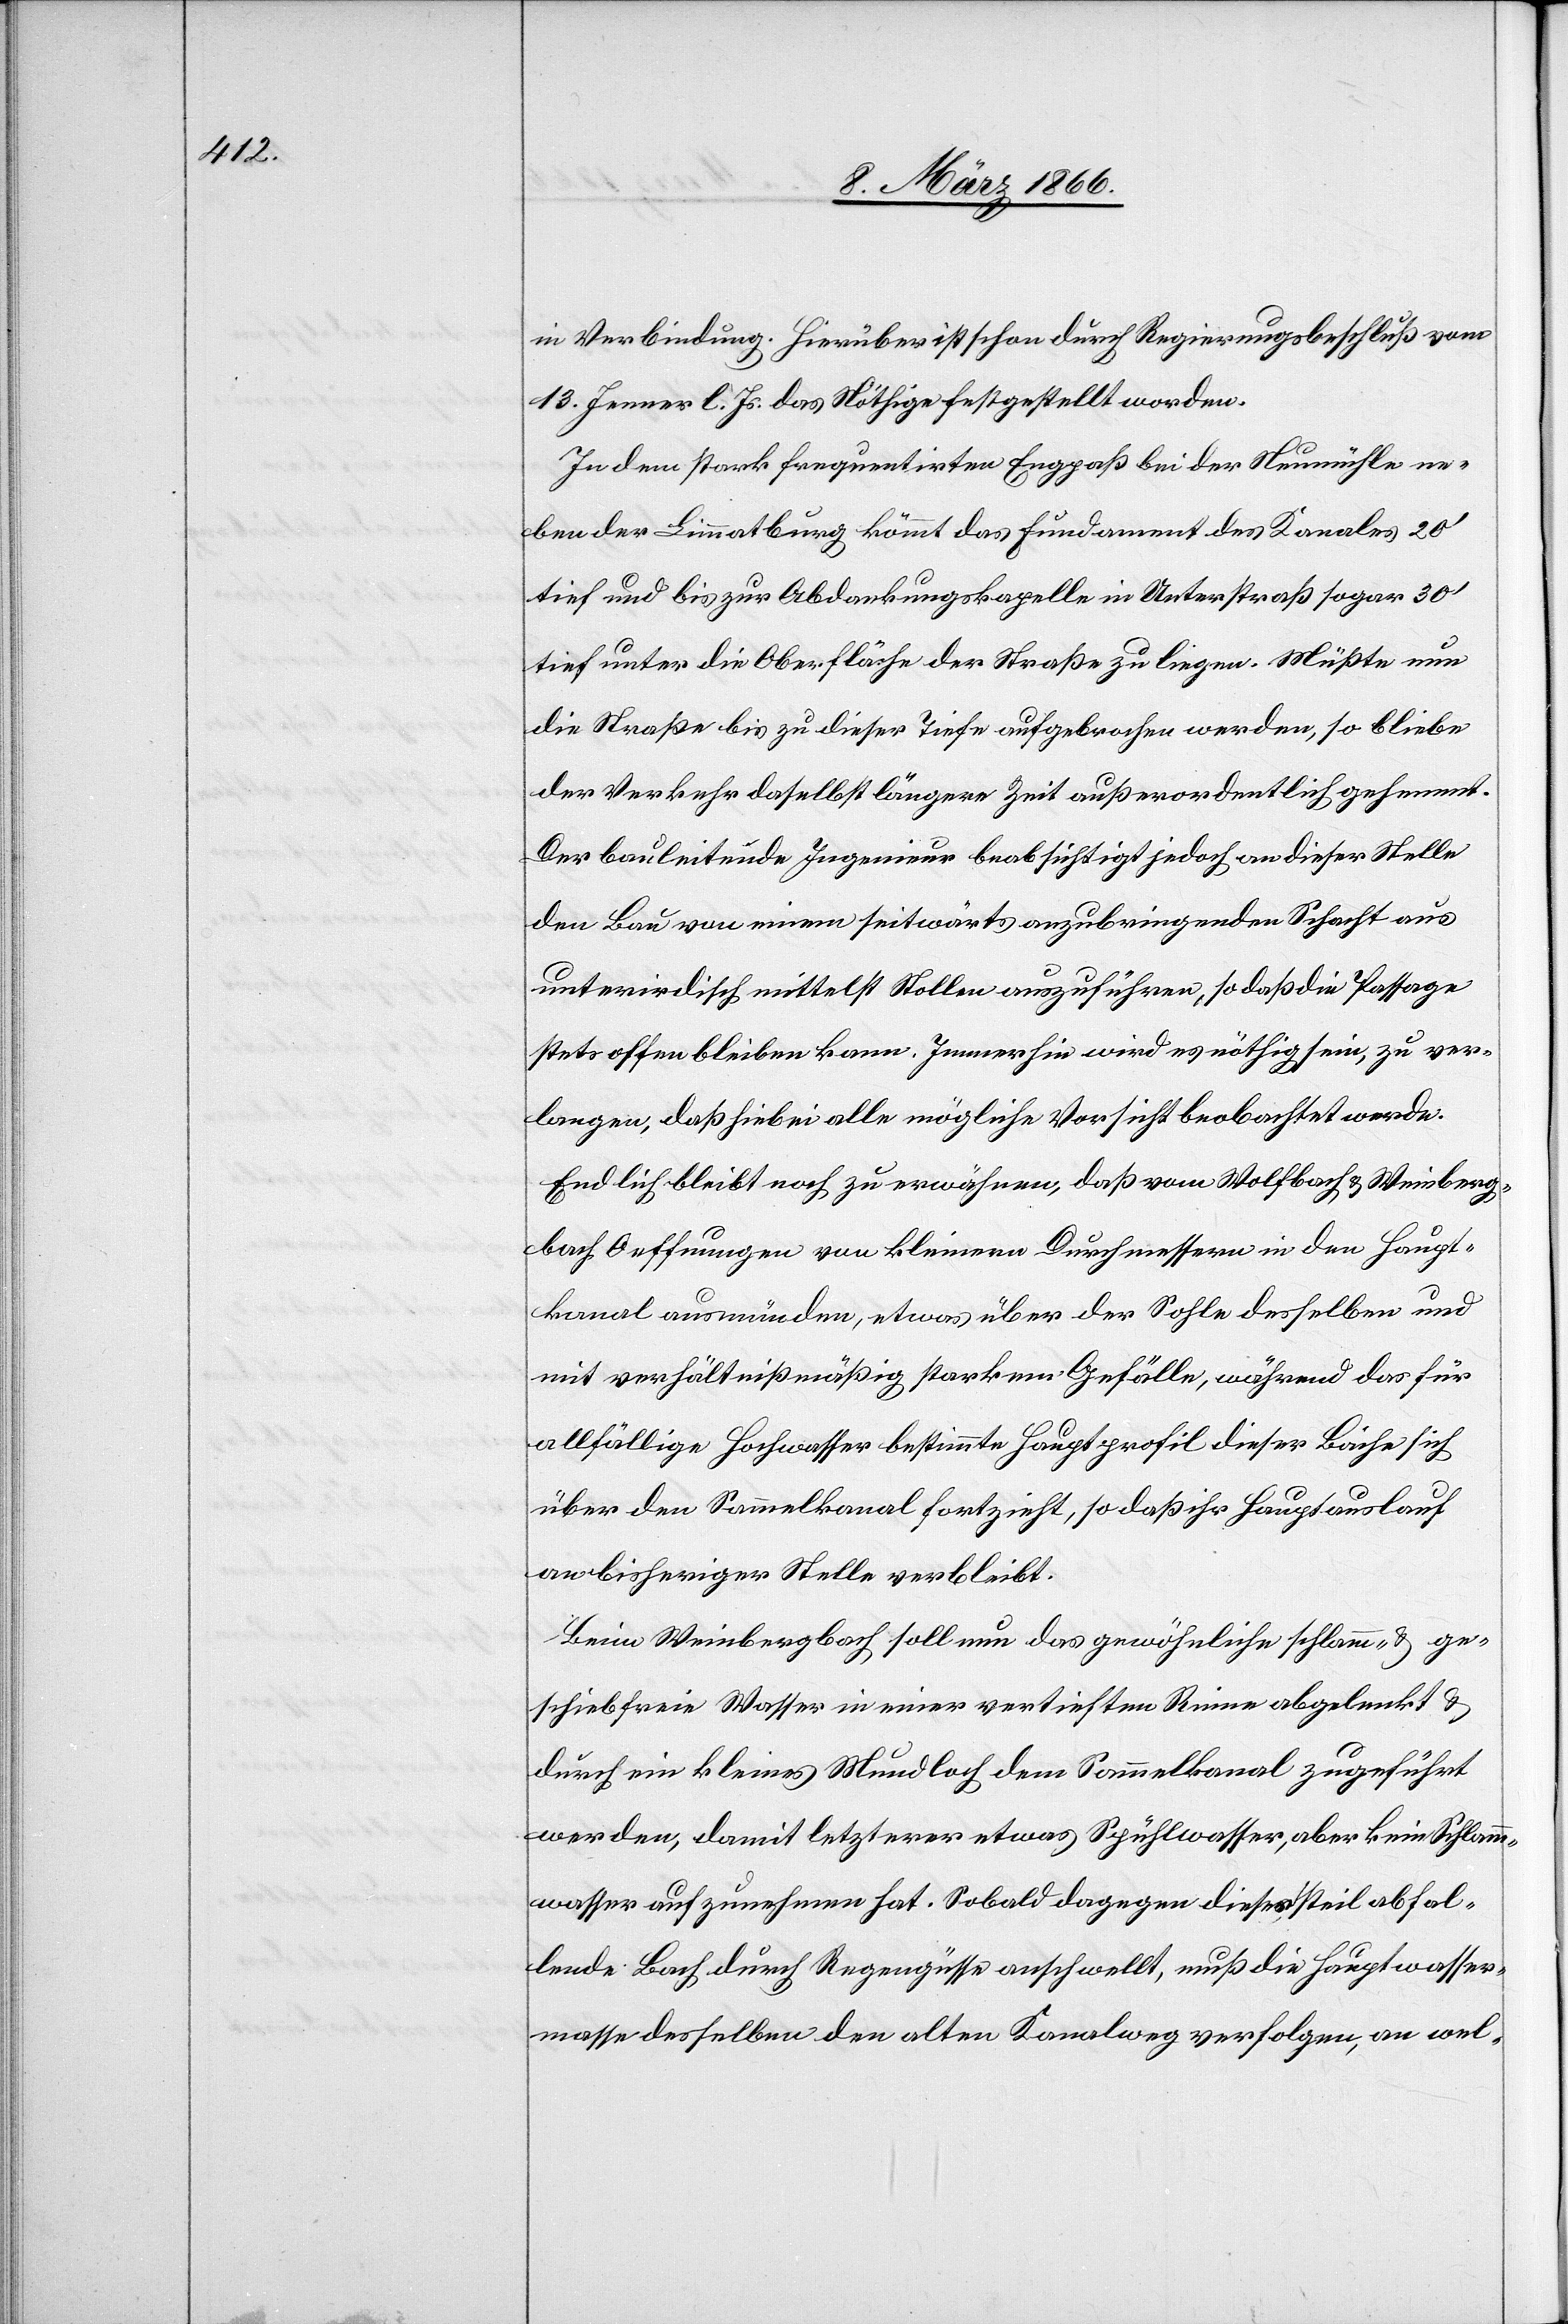
in Verbindung. Hierüber ist schon durch Regierungsbeschluß vom
13. Jenner l. Js. das Nöthige festgestellt worden.
In dem stark frequentirten Engpaß bei der Neumühle ne¬
ben der Limmatburg kömmt das Fundament des Kanales 20‘
tief und bis zur Abdankungskapelle in Unterstraß sogar 30‘
tief unter die Oberfläche der Straße zu liegen. Müßte nun
die Straße bis zu dieser Tiefe aufgebrochen werden, so bliebe
der Verkehr daselbst längere Zeit außerordentlich gehemmt.
Der Bauleitende Ingenieur beabsichtigt jedoch an dieser Stelle
den Bau von einem seitwärts anzubringenden Schacht aus
unterirdisch mittelst Stollen auszuführen, so daß die Passage
stets offen bleiben kann. Immerhin wird es nöthig sein, zu ver¬
langen, daß hiebei alle mögliche Vorsicht beobachtet werde.
Endlich bleibt noch zu erwähnen, daß vom Wolfbach u. Weinberg¬
bach Oeffnungen von kleinern Durchmessern in den Haupt¬
kanal ausmünden, etwas über der Sohle desselben und
mit verhältnißmäßig starkem Gefälle, während das für
allfällige Hochwasser bestimmte Hauptprofil dieser Bäche sich
über den Sammelkanal fortzieht, so daß ihr Hauptauslauf
an bisheriger Stelle verbleibt.
Beim Weinbergbach soll nun das gewöhnliche Schlamm- u. ge¬
schiebfreie Wasser in einer vertieften Rinne abgelenkt u.
durch ein kleines Mundloch dem Sammelkanal zugeführt
werden, damit letzterer etwas Spühlwasser, aber kein Schlamm¬
wasser aufzunehmen hat. Sobald dagegen dieser steil abfal¬
lende Bach durch Regengüsse aufschwellt, muß die Hauptwasser¬
masse desselben den alten Kanalweg verfolgen, an wel-